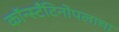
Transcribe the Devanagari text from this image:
कॉन्स्टँटिनोपलाचा